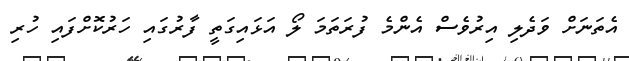
އެތަނަށް ވަދެލި އިރުވެސް އެންމެ ފުރަތަމަ ލޯ އަޅައިގަތީ ފާރުގައި ހަރުކޮށްފައި ހުރި